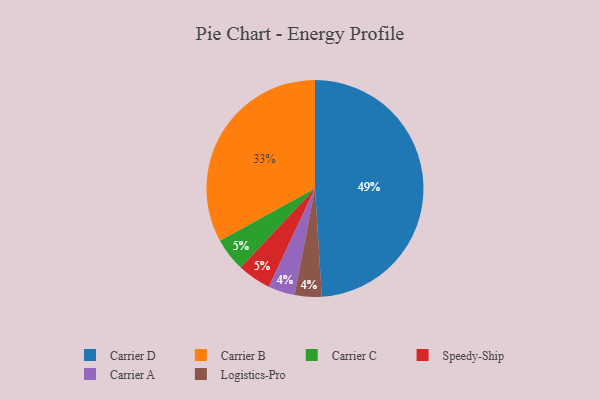
{"axis": {"x": "Category", "y": "Percentage"}, "legend": ["Carrier A", "Carrier B", "Carrier C", "Carrier D", "Logistics-Pro", "Speedy-Ship"], "data": [{"x": "Carrier C", "y": 5, "type": "Carrier C"}, {"x": "Carrier B", "y": 33, "type": "Carrier B"}, {"x": "Carrier A", "y": 4, "type": "Carrier A"}, {"x": "Logistics-Pro", "y": 4, "type": "Logistics-Pro"}, {"x": "Carrier D", "y": 49, "type": "Carrier D"}, {"x": "Speedy-Ship", "y": 5, "type": "Speedy-Ship"}]}